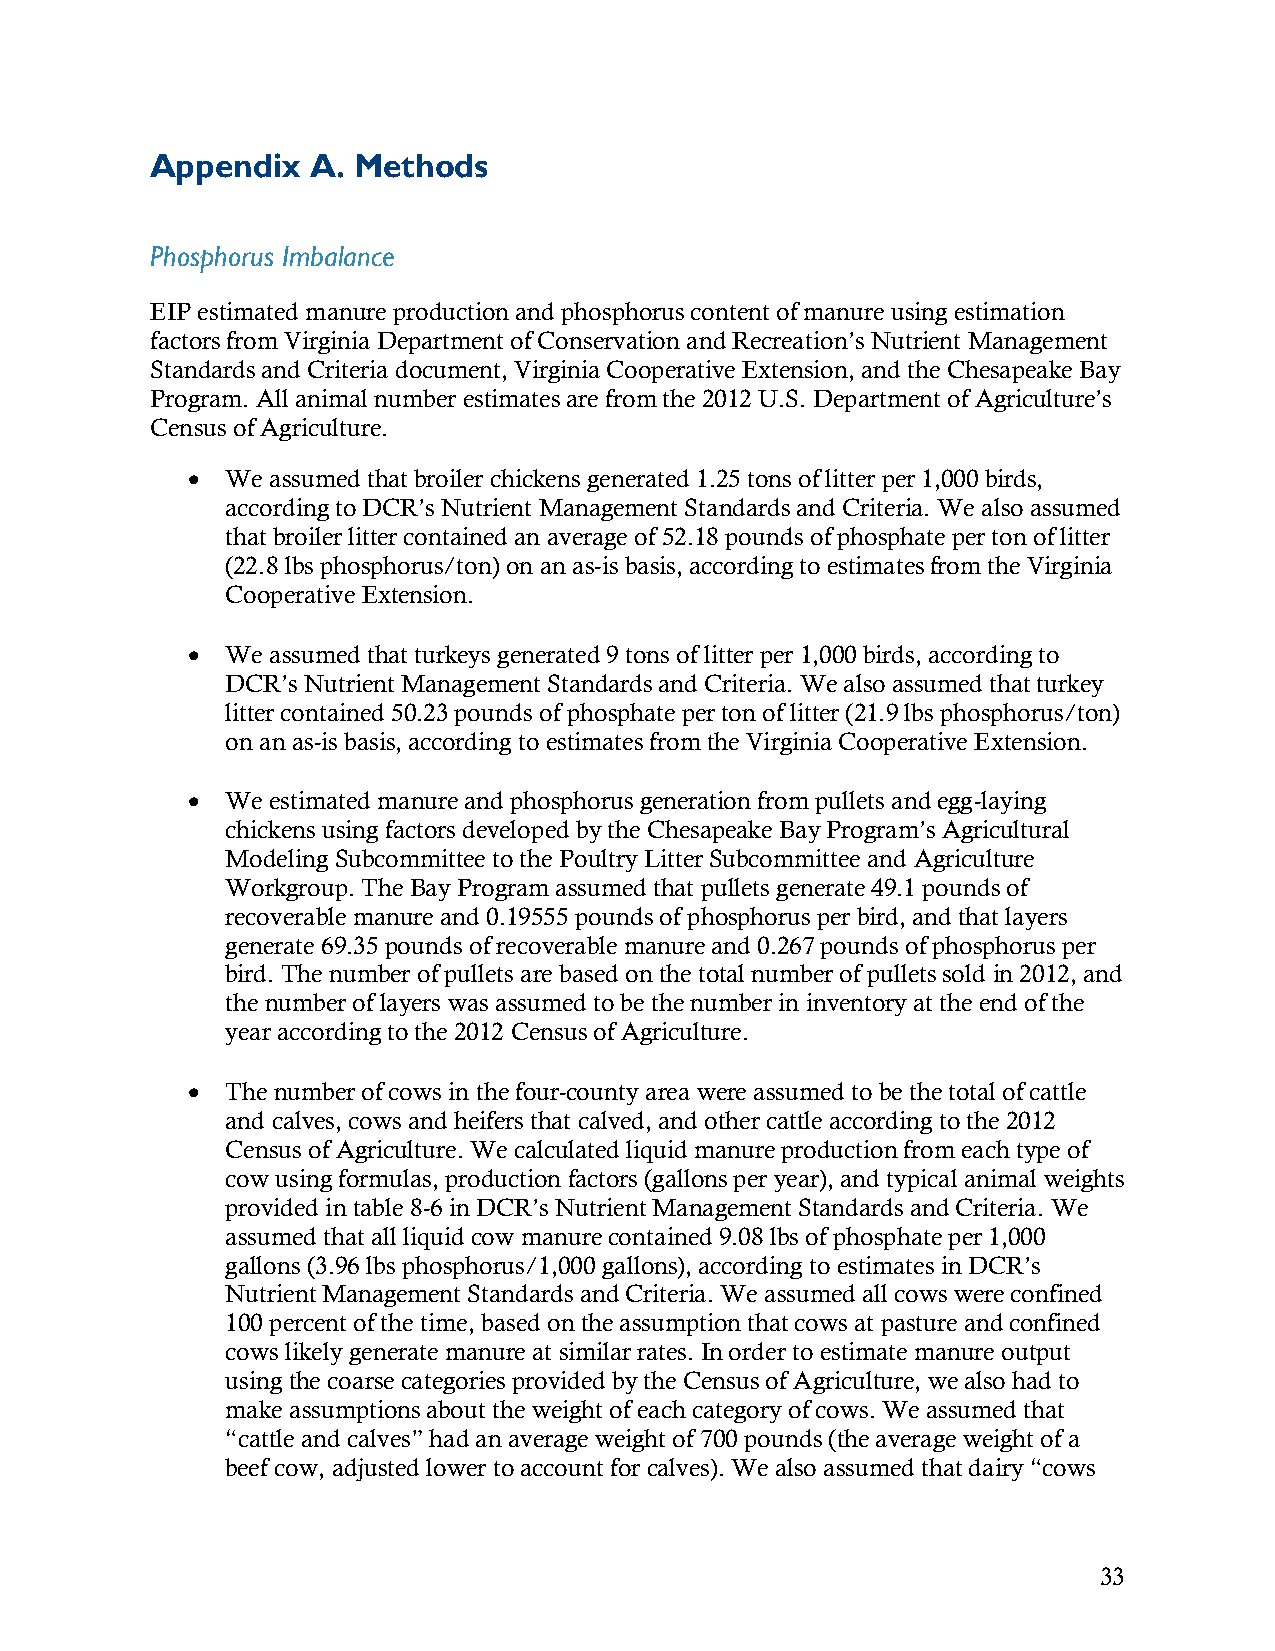
Appendix  A. Methods
 Phosphorus Imbalance
 EIP estimated manure production and phosphorus content of manure using estimation
 factors from Virginia Department of Conservation and Recreation’s Nutrient Management
 Standards and Criteria document, Virginia Cooperative Extension, and the Chesapeake Bay
 Program. All animal number estimates are from the 2012 U.S. Department of Agriculture’s
 Census of Agriculture.
   We assumed that broiler chickens generated 1.25 tons of litter per 1,000 birds,
 according to DCR’s Nutrient Management Standards and Criteria. We also assumed
 that broiler litter contained an average of 52.18 pounds of phosphate per ton of litter
 (22.8 lbs phosphorus/ton) on an as-is basis, according to estimates from the Virginia
 Cooperative Extension.
   We assumed that turkeys generated 9 tons of litter per 1,000 birds, according to
 DCR’s Nutrient Management Standards and Criteria. We also assumed that turkey
 litter contained 50.23 pounds of phosphate per ton of litter (21.9 lbs phosphorus/ton)
 on an as-is basis, according to estimates from the Virginia Cooperative Extension.
   We estimated manure and phosphorus generation from pullets and egg-laying
 chickens using factors developed by the Chesapeake Bay Program’s Agricultural
 Modeling Subcommittee to the Poultry Litter Subcommittee and Agriculture
 Workgroup. The Bay Program assumed that pullets generate 49.1 pounds of
 recoverable manure and 0.19555 pounds of phosphorus per bird, and that layers
 generate 69.35 pounds of recoverable manure and 0.267 pounds of phosphorus per
 bird. The number of pullets are based on the total number of pullets sold in 2012, and
 the number of layers was assumed to be the number in inventory at the end of the
 year according to the 2012 Census of Agriculture.
   The number of cows in the four-county area were assumed to be the total of cattle
 and calves, cows and heifers that calved, and other cattle according to the 2012
 Census of Agriculture. We calculated liquid manure production from each type of
 cow using formulas, production factors (gallons per year), and typical animal weights
 provided in table 8-6 in DCR’s Nutrient Management Standards and Criteria. We
 assumed that all liquid cow manure contained 9.08 lbs of phosphate per 1,000
 gallons (3.96 lbs phosphorus/1,000 gallons), according to estimates in DCR’s
 Nutrient Management Standards and Criteria. We assumed all cows were confined
 100 percent of the time, based on the assumption that cows at pasture and confined
 cows likely generate manure at similar rates. In order to estimate manure output
 using the coarse categories provided by the Census of Agriculture, we also had to
 make assumptions about the weight of each category of cows. We assumed that
 “cattle and calves” had an average weight of 700 pounds (the average weight of a
 beef cow, adjusted lower to account for calves). We also assumed that dairy “cows
 33